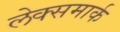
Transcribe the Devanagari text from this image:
लेक्समार्क